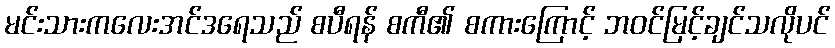
မင်းသားကလေးအင်ဒရေသည် စပီရန် စကီ၏ စကားကြောင့် ဘဝင်မြင့်ချင်သလိုပင်